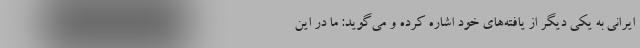
ایرانی به یکی دیگر از یافته‌های خود اشاره کرده و می‌گوید: ما در این